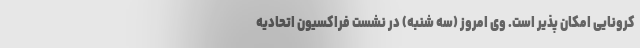
کرونایی امکان پذیر است. وی امروز (سه شنبه) در نشست فراکسیون اتحادیه